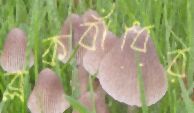
ব্লকবাঁধের